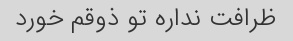
ظرافت نداره تو ذوقم خورد